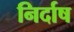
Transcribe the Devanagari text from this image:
निर्दाष